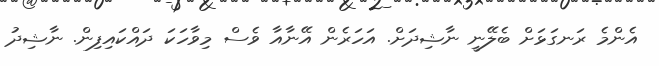
އެންމެ ރަނގަޅަށް ބެލޭނީ ނާޝިދަށް. އަހަރެން އޭނާއާ ވެސް މިވާހަކަ ދައްކައިފިން. ނާޝިދު